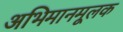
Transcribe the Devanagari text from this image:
अभिमानमूलक